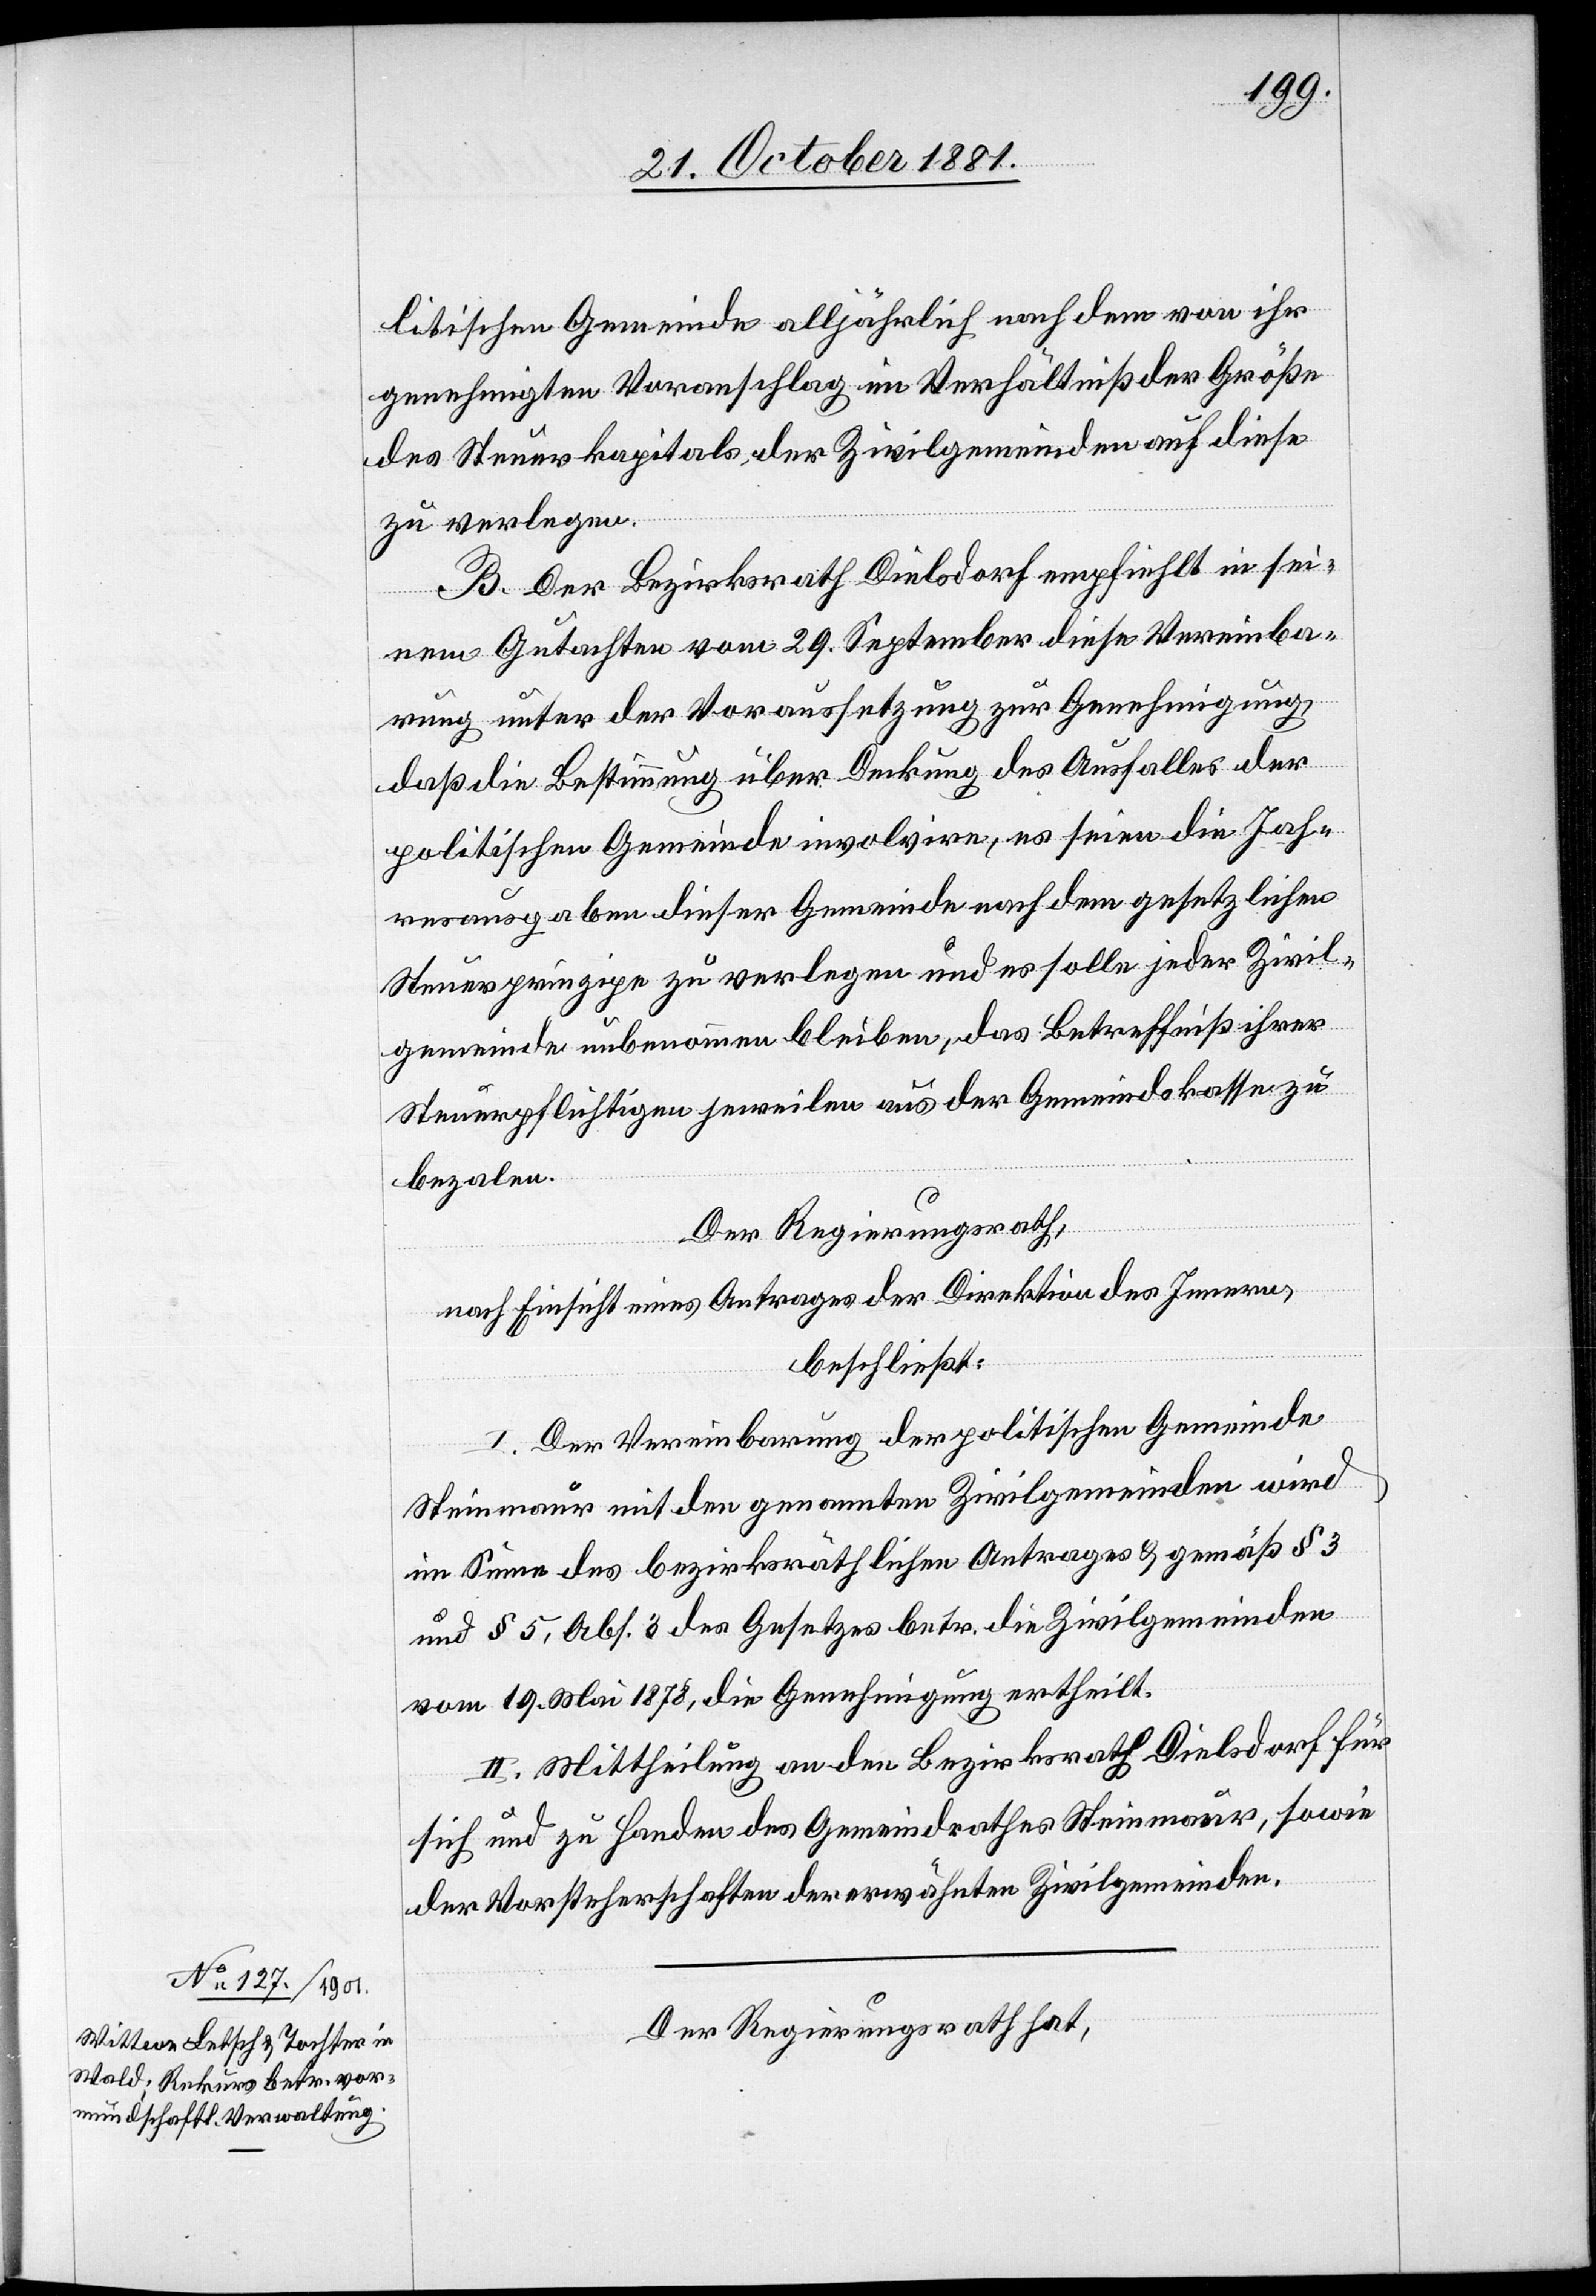
litischen Gemeinde alljährlich nach dem von ihr
genehmigten Voranschlag im Verhältniß der Größe
des Steuerkapitals der Zivilgemeinden auf diese
zu verlegen.
B. Der Bezirksrath Dielsdorf empfiehlt in sei¬
nem Gutachten vom 29. September diese Vereinba¬
rung unter der Voraussetzung zur Genehmigung,
daß die Bestimmung über Deckung des Ausfalles der
politischen Gemeinde involvire, es seien die Jah¬
resausgaben dieser Gemeinde nach dem gesetzlichen
Steuerprinzip zu verlegen und es solle jeder Zivil¬
gemeinde unbenommen bleiben, das Betreffniß ihrer
Steuerpflichtigen jeweilen aus der Gemeindskasse zu
bezalen.
Der Regierungsrath,
nach Einsicht eines Antrages der Direktion des Innern,
beschließt:
I. Der Vereinbarung der politischen Gemeinde
Steinmaur mit den genannten Zivilgemeinden wird
im Sinne des bezirksräthlichen Antrages & gemäß § 3
und § 5, Abs. 3 des Gesetzes betr. die Zivilgemeinden
vom 19. Mai 1878, die Genehmigung ertheilt.
II. Mittheilung an den Bezirksrath Dielsdorf für
sich und zu Handen des Gemeindrathes Steinmaur, sowie
der Vorsteherschaften der erwähnten Zivilgemeinden.
Der Regierungsrath hat,